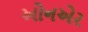
ઓનએર